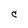
Character: C